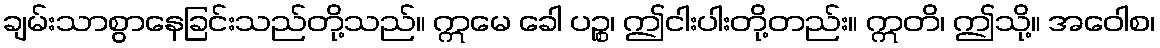
ချမ်းသာစွာနေခြင်းသည်တို့သည်။ ဣမေ ခေါ ပဉ္စ၊ ဤငါးပါးတို့တည်း။ ဣတိ၊ ဤသို့။ အဝေါစ၊